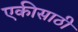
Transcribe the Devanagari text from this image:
एकीसाठी